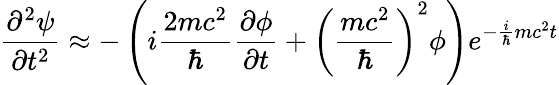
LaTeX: {\frac{\partial^{2}\psi}{\partial t^{2}}}\approx-\left(i{\frac{2mc^{2}}{\hbar}}{\frac{\partial\phi}{\partial t}}+\left({\frac{mc^{2}}{\hbar}}\right)^{2}\phi\right)e^{-{\frac{i}{\hbar}}mc^{2}t}